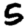
Digit: 5